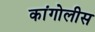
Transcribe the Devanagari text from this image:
कांगोलीस